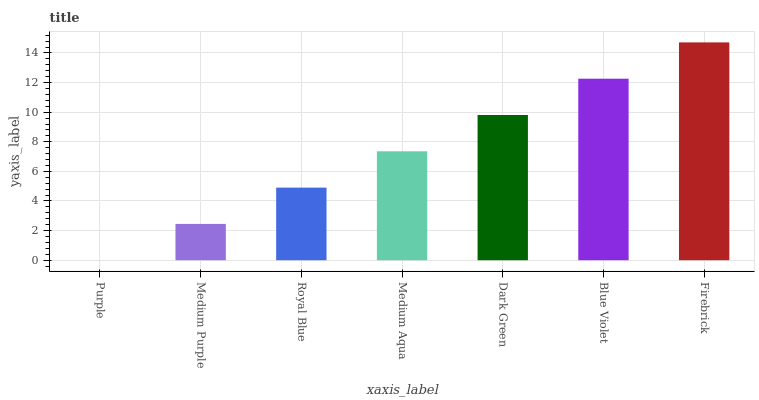
| xaxis_label | bars |
 | --- | --- |
 | Purple | 0 |
 | Medium Purple | 2.45 |
 | Royal Blue | 4.9 |
 | Medium Aqua | 7.36 |
 | Dark Green | 9.81 |
 | Blue Violet | 12.3 |
 | Firebrick | 14.7 |